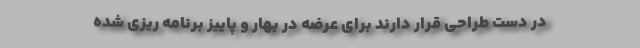
در دست طراحی قرار دارند برای عرضه در بهار و پاییز برنامه ریزی شده